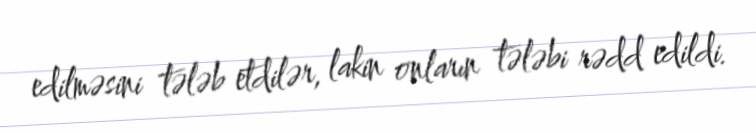
edilməsini tələb etdilər, lakin onların tələbi rədd edildi.